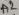
Text: A2